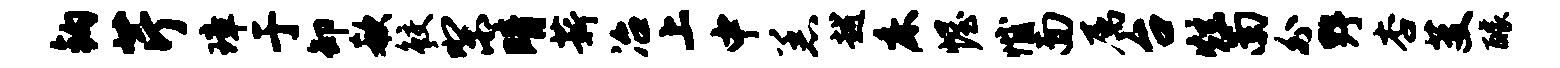
钩芹璋于卸欷鲛梨晴薪冶上中恙越床幄憾面属台炫南外野杏芟醵